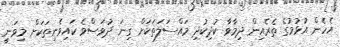
އެހެން އުޅުމުގެ ތެރެއިން ދިމާވާ ކުދިކުދި މައްސަލަތަކަށް ގިނަ ދުވަސްވެ ކައިވެނިތަކަށް މިވަނީ